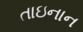
તાઇનાન